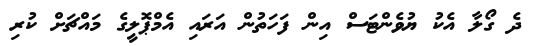
ދެ ގޯލާ އެކު ޔުވެންޓަސް އިން ފަހަތުން އަރައި އެމްޕޮލީގެ މައްޗަށް ކުރި